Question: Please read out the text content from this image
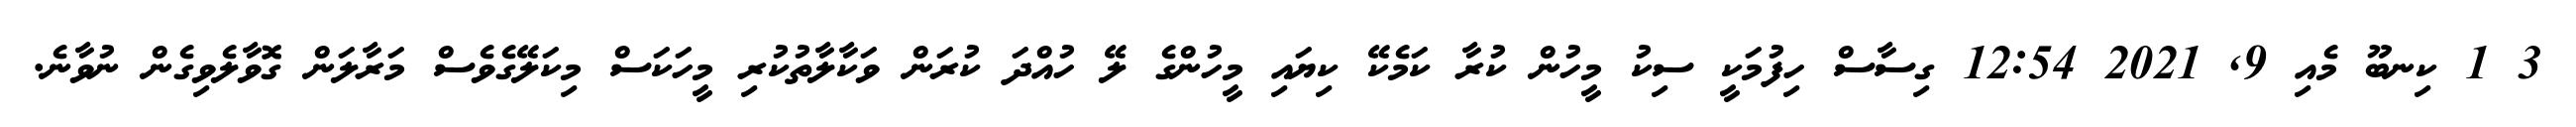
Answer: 3 1 ކިނބޫ މެއި 9, 2021 12:54 ގިސާސް ހިފުމަކީ ސިކު މީހުން ކުރާ ކަމެކޭ ކިޔައި މީހުންގެ ލޭ ހުއްދަ ކުރަން ވަކާލާތުކުރި މީހަކަސް މިކަލޭގެވެސް މަރާލަން ގޮވާލެވިގެން ނުވާނެ.